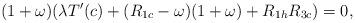
LaTeX: \begin{align*}(1+\omega)(\lambda T'(c)+(R_{1c}-\omega)(1+\omega)+R_{1h}R_{3c})=0,\end{align*}